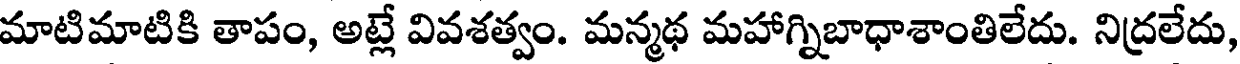
మాటిమాటికి తాపం, అట్లే వివశత్వం. మన్మథ మహాగ్నిబాధాశాంతిలేదు. నిద్రలేదు,